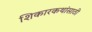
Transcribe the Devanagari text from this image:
शिकारकथांसाठी